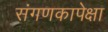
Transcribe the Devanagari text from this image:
संगणकापेक्षा